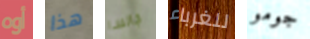
أوه هذا جالسا للغرباء جومو